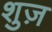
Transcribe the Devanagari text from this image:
शुज़